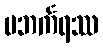
ပဘင်္ကရဿ